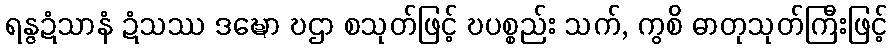
ရန္ဇဍံသာနံ ဍံသဿ ဒဍ္ဎော ဎဌာ စသုတ်ဖြင့် ဎပစ္စည်း သက်, ကွစိ ဓာတုသုတ်ကြီးဖြင့်